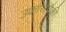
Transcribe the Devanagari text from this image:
उकारांपैकी